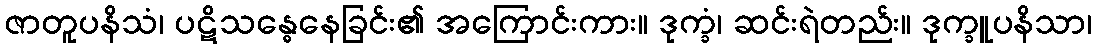
ဇာတူပနိသံ၊ ပဋိသန္ဓေနေခြင်း၏ အကြောင်းကား။ ဒုက္ခံ၊ ဆင်းရဲတည်း။ ဒုက္ခူပနိသာ၊